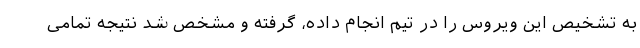
به تشخیص این ویروس را در تیم انجام داده، گرفته و مشخص شد نتیجه تمامی